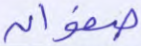
صفوان